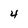
Character: 4